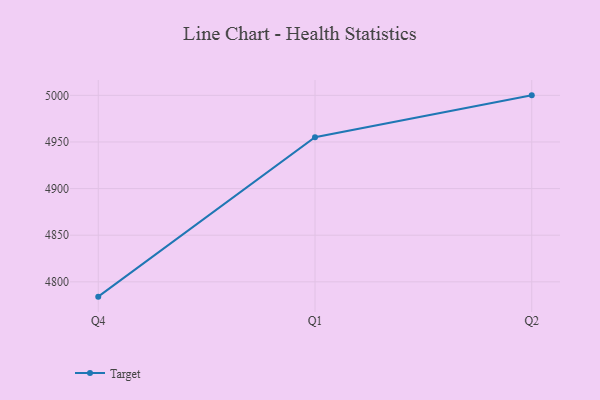
{"axis": {"x": "Quarter", "y": "Demand Index"}, "legend": ["Target"], "data": [{"x": "Q4", "y": 4784.1, "type": "Target"}, {"x": "Q1", "y": 4955.1, "type": "Target"}, {"x": "Q2", "y": 5000, "type": "Target"}]}